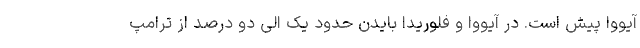
آیووا پیش است. در آیووا و فلوریدا بایدن حدود یک الی دو درصد از ترامپ